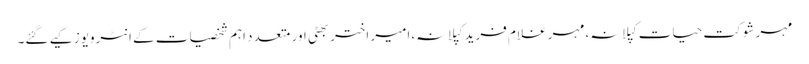
مہر شوکت حیات کپلانہ،مہر غلام فرید کپلانہ،امیر اختر بھٹی اور متعدد اہم شخصیات کے انٹرویوز کیے گئے۔